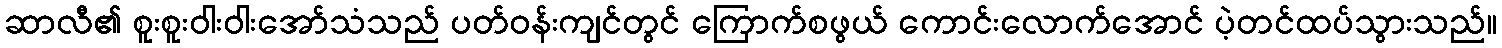
ဆာလီ၏ စူးစူးဝါးဝါးအော်သံသည် ပတ်ဝန်းကျင်တွင် ကြောက်စဖွယ် ကောင်းလောက်အောင် ပဲ့တင်ထပ်သွားသည်။